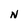
Character: N